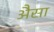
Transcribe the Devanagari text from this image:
अैसा